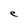
Character: e